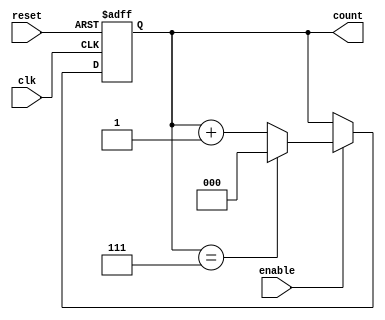
module binary_up_counter #(
    parameter WIDTH = 3  // Parameter to define counter width
)(
    input wire clk,      // Clock input
    input wire reset,    // Asynchronous reset input
    input wire enable,   // Enable signal
    output reg [WIDTH-1:0] count  // Count output
);

    // Asynchronous reset and counting logic
    always @(posedge clk or posedge reset) begin
        if (reset) begin
            count <= 0;  // Reset the count to 0
        end else if (enable) begin
            count <= count + 1;  // Increment the count
            if (count == (2**WIDTH - 1)) begin
                count <= 0;  // Wrap around to 0 if max reached
            end
        end
    end

endmodule